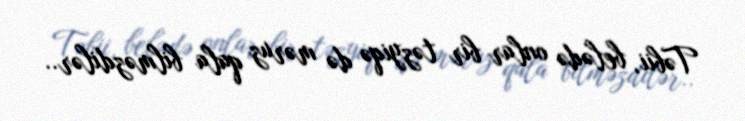
Təbii, belədə onlar bir təzyiqə də məruz qala bilməzdilər..